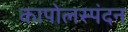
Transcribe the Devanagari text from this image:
कापोलस्पंदन